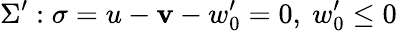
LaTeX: \Sigma^{\prime}:\sigma=u-\mathbf{v}-w_{0}^{\prime}=0,~w_{0}^{\prime}\leq0